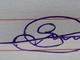
Signature authenticity: genuine